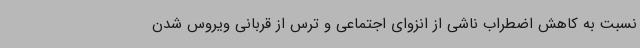
نسبت به کاهش اضطراب ناشی از انزوای اجتماعی و ترس از قربانی ویروس شدن